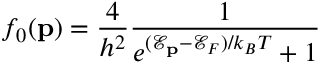
f _ { 0 } ( { \bf p } ) = \frac { 4 } { h ^ { 2 } } \frac { 1 } { e ^ { ( \mathscr { E } _ { \bf p } - \mathscr { E } _ { F } ) / k _ { B } T } + 1 }